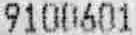
9100601